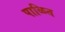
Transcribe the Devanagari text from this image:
पाळित